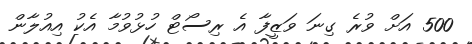
500 އަށް ވުރެ ގިނަ ވަޒީފާ އެ ރިސޯޓް ހުޅުވުމާ އެކު އިއުލާން